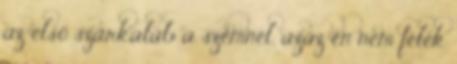
az első szarkaláb a szemnél, azaz én nem félek